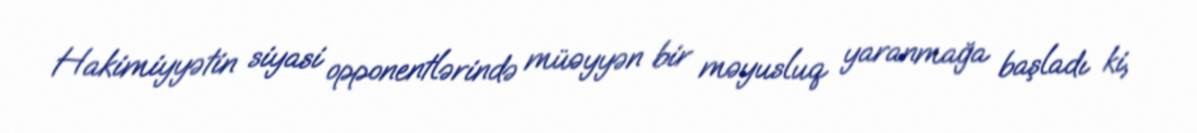
Hakimiyyətin siyasi opponentlərində müəyyən bir məyusluq yaranmağa başladı ki,